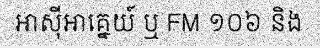
អាស៊ីអាគ្នេយ៍ ឬ FM ១០៦ និង